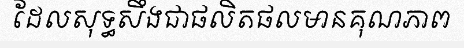
ដែលសុទ្ធសឹងជាផលិតផលមានគុណភាព